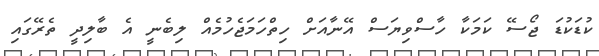
ކުޑަކުޑަ ޖޯސޭ ކަމަކާ ހާސްވިޔަސް އޭނާއަށް ހިތްހަމަޖެހުމެއް ލިބެނީ އެ ބާލިދީ ތެރޭގައި